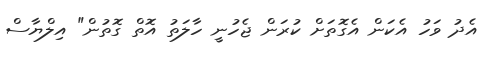
އެދު ވަހު އެކަން އެގޮތަށް ކުރަން ޖެހުނީ ހާލަތު އޮތް ގޮތުން" އިލްޔާސް